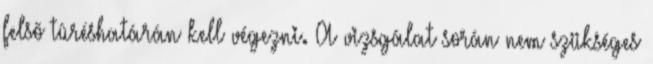
felsõ tûréshatárán kell végezni. A vizsgálat során nem szükséges